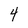
Character: 4